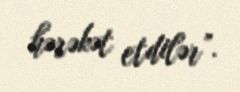
hərəkət etdilər”.